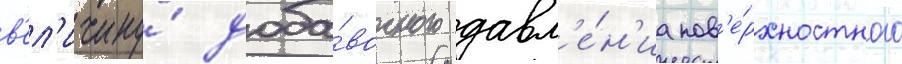
в'ел'ичину́ доба́вочного давл'е́н'иа пов'е́рхностного